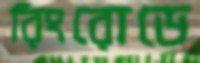
রিংরোডে